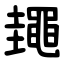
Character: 䵷